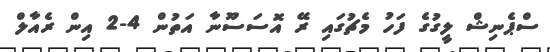
ސްޕެނިޝް ލީގުގެ ފަހު މެޗުގައި ރޭ އޮސަސޫނާ އަތުން 4-2 އިން ރެއާލް